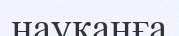
науқанға